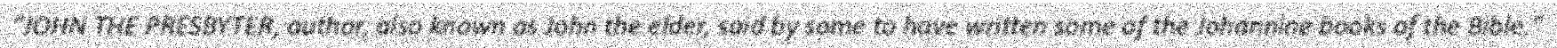
"JOHN THE PRESBYTER, author, also known as John the elder, said by some to have written some of the Johannine books of the Bible."